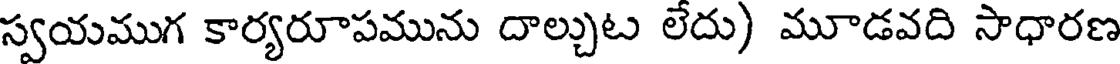
స్వయముగ కార్యరూపమును దాల్చుట లేదు) మూడవది సాధారణ